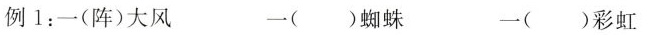
例 1：一(阵)大风 一()蜘蛛 一()彩虹